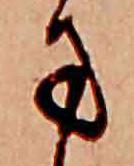
方